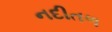
નદીતળ